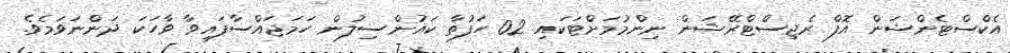
އެކްސްޓެންޝަން އޮފް ރެޖިސްޓްރޭޝަން ނިންމުމަށްޓަކައި 02 ހަފުތާ ކައުންސިލުން ހަމަޖައްސާފައިވާ ވާހަކަ ދަންނަވަމެވެ.